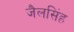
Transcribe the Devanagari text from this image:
जैलसिंह